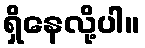
ရှိနေလို့ပါ။